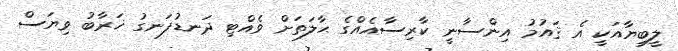
ލީބިޔާއަކީ އެ ޤައުމު އިންސާނީ ކާރިސާއެއްގެ ޙާލަތަށް ވެއްޓި ދަނޑުފަނގު ޚަރާބު ވިޔަސް